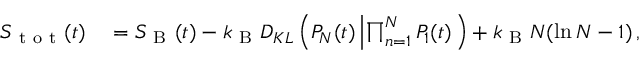
\begin{array} { r l } { S _ { \mathrm { ~ t ~ o ~ t ~ } } ( t ) } & { { } = S _ { \mathrm { ~ B ~ } } ( t ) - k _ { \mathrm { ~ B ~ } } D _ { K L } \left( P _ { N } ( t ) \left| \prod _ { n = 1 } ^ { N } P _ { 1 } ( t ) \right. \right) + k _ { \mathrm { ~ B ~ } } N ( \ln N - 1 ) \, , } \end{array}